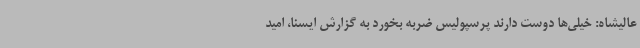
عالیشاه: خیلی‌ها دوست دارند پرسپولیس ضربه بخورد به گزارش ایسنا، امید